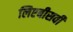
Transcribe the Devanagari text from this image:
लिएबीसवीं